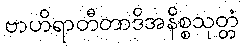
ဗာဟိရာတီတာဒိအနိစ္စသုတ္တံ